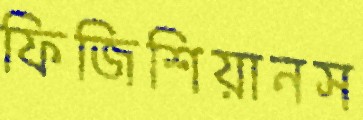
ফিজিশিয়ানস